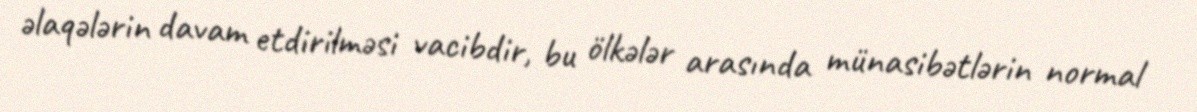
əlaqələrin davam etdirilməsi vacibdir, bu ölkələr arasında münasibətlərin normal